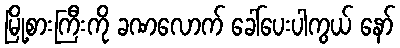
မြို့စားကြီးကို ခဏလောက် ခေါ်ပေးပါကွယ် နော်